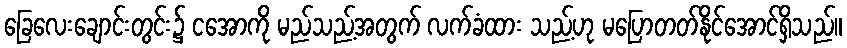
ခြေလေးချောင်းတွင်း၌ ငအောကို မည်သည့်အတွက် လက်ခံထား သည့်ဟု မပြောတတ်နိုင်အောင်ရှိသည်။